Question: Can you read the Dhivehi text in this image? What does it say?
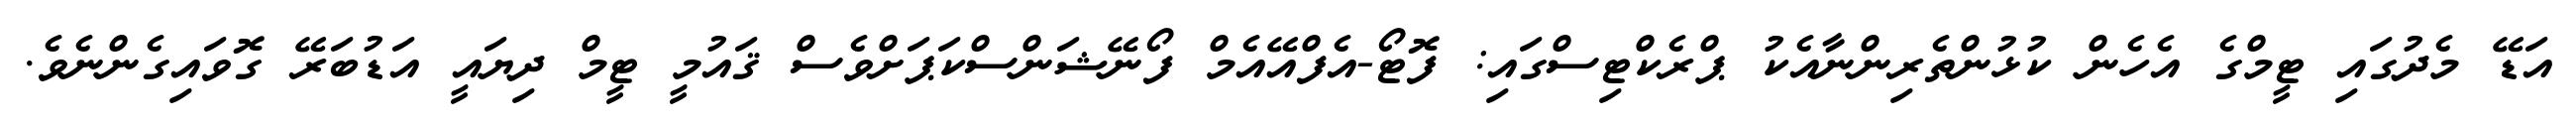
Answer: އަޑޭ މެދުގައި ޓީމްގެ އެހެން ކުޅުންތެރިންނާއެކު ޕްރެކްޓިސްގައި: ފޮޓޯ-އެފްއޭއެމް ފޯނޭޝަންސްކަޕަށްވެސް ޤައުމީ ޓީމް ދިޔައީ އަޑުބަރޭ ގޮވައިގެންނެވެ.